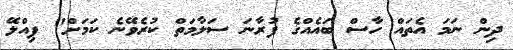
ދިން ނަމަ އެތައް ހާސް ބައެއްގެ ފުރާނަ ސަލާމަތް ކުރެވޭނެ ކަމަށް" ޕިއްލޭ